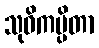
သုဝိကပ္ပိတာ